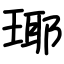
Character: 瑘